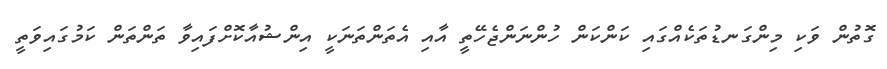
ގޮތުން ވަކި މިންގަނޑުތަކެއްގައި ކަންކަން ހުންނަންޖެހޭތީ އާއި އެތަންތަނަކީ އިންޝުއާކޮށްފައިވާ ތަންތަން ކަމުގައިވަތީ